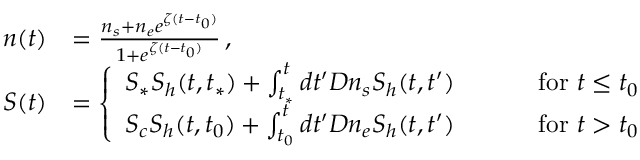
\begin{array} { r l r } { n ( t ) } & { = \frac { n _ { s } + n _ { e } e ^ { \zeta ( t - t _ { 0 } ) } } { 1 + e ^ { \zeta ( t - t _ { 0 } ) } } \, , } & \\ { S ( t ) } & { = \left\{ \begin{array} { l l } { S _ { * } S _ { h } ( t , t _ { * } ) + \int _ { t _ { * } } ^ { t } d t ^ { \prime } D n _ { s } S _ { h } ( t , t ^ { \prime } ) \qquad } & { \mathrm { ~ f o r ~ } t \le t _ { 0 } } \\ { S _ { c } S _ { h } ( t , t _ { 0 } ) + \int _ { t _ { 0 } } ^ { t } d t ^ { \prime } D n _ { e } S _ { h } ( t , t ^ { \prime } ) \qquad } & { \mathrm { ~ f o r ~ } t > t _ { 0 } } \end{array} \right. } \end{array}